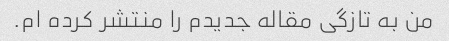
من به تازگی مقاله جدیدم را منتشر کرده ام.